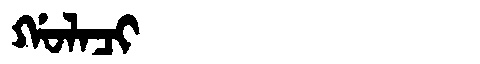
Manchu: ᡤᠣᠯᠠᠴᡳ
Romanization: GOLACI